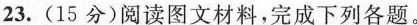
23.(15分)阅读图文材料，完成下列各题。